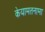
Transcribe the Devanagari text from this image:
केयामतनामा